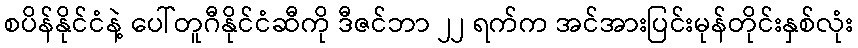
စပိန်နိုင်ငံနဲ့ ပေါ်တူဂီနိုင်ငံဆီကို ဒီဇင်ဘာ ၂၂ ရက်က အင်အားပြင်းမုန်တိုင်းနှစ်လုံး